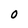
Character: 0